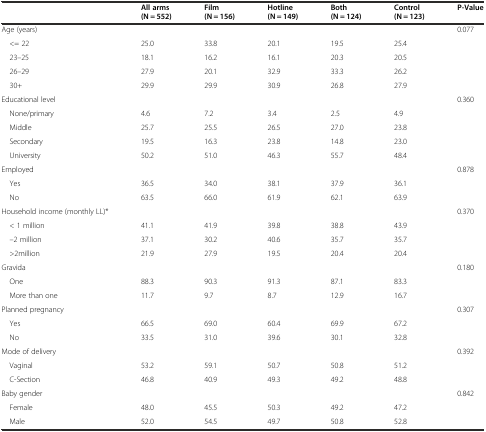
<table><thead><tr><td></td><td><b>All arms</b></td><td><b>Film</b></td><td><b>Hotline</b></td><td><b>Both</b></td><td><b>Control</b></td><td><b>P-Value</b></td></tr><tr><td></td><td><b>(N = 552)</b></td><td><b>(N = 156)</b></td><td><b>(N = 149)</b></td><td><b>(N = 124)</b></td><td><b>(N = 123)</b></td><td></td></tr></thead><tbody><tr><td>Age (years)</td><td></td><td></td><td></td><td></td><td></td><td>0.077</td></tr><tr><td> &lt;= 22</td><td>25.0</td><td>33.8</td><td>20.1</td><td>19.5</td><td>25.4</td><td></td></tr><tr><td> 23–25</td><td>18.1</td><td>16.2</td><td>16.1</td><td>20.3</td><td>20.5</td><td></td></tr><tr><td> 26–29</td><td>27.9</td><td>20.1</td><td>32.9</td><td>33.3</td><td>26.2</td><td></td></tr><tr><td> 30+</td><td>29.9</td><td>29.9</td><td>30.9</td><td>26.8</td><td>27.9</td><td></td></tr><tr><td>Educational level</td><td></td><td></td><td></td><td></td><td></td><td>0.360</td></tr><tr><td> None/primary</td><td>4.6</td><td>7.2</td><td>3.4</td><td>2.5</td><td>4.9</td><td></td></tr><tr><td> Middle</td><td>25.7</td><td>25.5</td><td>26.5</td><td>27.0</td><td>23.8</td><td></td></tr><tr><td> Secondary</td><td>19.5</td><td>16.3</td><td>23.8</td><td>14.8</td><td>23.0</td><td></td></tr><tr><td> University</td><td>50.2</td><td>51.0</td><td>46.3</td><td>55.7</td><td>48.4</td><td></td></tr><tr><td>Employed</td><td></td><td></td><td></td><td></td><td></td><td>0.878</td></tr><tr><td> Yes</td><td>36.5</td><td>34.0</td><td>38.1</td><td>37.9</td><td>36.1</td><td></td></tr><tr><td> No</td><td>63.5</td><td>66.0</td><td>61.9</td><td>62.1</td><td>63.9</td><td></td></tr><tr><td>Household income (monthly LL)*</td><td></td><td></td><td></td><td></td><td></td><td>0.370</td></tr><tr><td> &lt; 1 million</td><td>41.1</td><td>41.9</td><td>39.8</td><td>38.8</td><td>43.9</td><td></td></tr><tr><td> –2 million</td><td>37.1</td><td>30.2</td><td>40.6</td><td>35.7</td><td>35.7</td><td></td></tr><tr><td> &gt;2million</td><td>21.9</td><td>27.9</td><td>19.5</td><td>20.4</td><td>20.4</td><td></td></tr><tr><td>Gravida</td><td></td><td></td><td></td><td></td><td></td><td>0.180</td></tr><tr><td> One</td><td>88.3</td><td>90.3</td><td>91.3</td><td>87.1</td><td>83.3</td><td></td></tr><tr><td> More than one</td><td>11.7</td><td>9.7</td><td>8.7</td><td>12.9</td><td>16.7</td><td></td></tr><tr><td>Planned pregnancy</td><td></td><td></td><td></td><td></td><td></td><td>0.307</td></tr><tr><td> Yes</td><td>66.5</td><td>69.0</td><td>60.4</td><td>69.9</td><td>67.2</td><td></td></tr><tr><td> No</td><td>33.5</td><td>31.0</td><td>39.6</td><td>30.1</td><td>32.8</td><td></td></tr><tr><td>Mode of delivery</td><td></td><td></td><td></td><td></td><td></td><td>0.392</td></tr><tr><td> Vaginal</td><td>53.2</td><td>59.1</td><td>50.7</td><td>50.8</td><td>51.2</td><td></td></tr><tr><td> C-Section</td><td>46.8</td><td>40.9</td><td>49.3</td><td>49.2</td><td>48.8</td><td></td></tr><tr><td>Baby gender</td><td></td><td></td><td></td><td></td><td></td><td>0.842</td></tr><tr><td> Female</td><td>48.0</td><td>45.5</td><td>50.3</td><td>49.2</td><td>47.2</td><td></td></tr><tr><td> Male</td><td>52.0</td><td>54.5</td><td>49.7</td><td>50.8</td><td>52.8</td><td></td></tr></tbody></table>